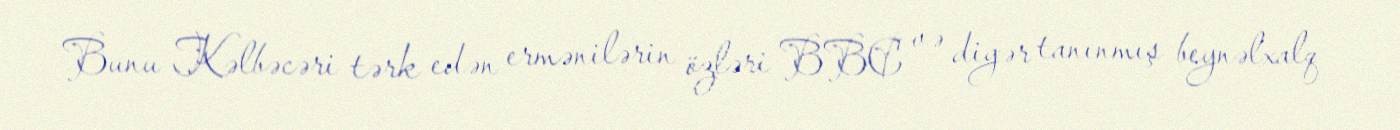
Bunu Kəlbəcəri tərk edən ermənilərin özləri BBC və digər tanınmış beynəlxalq